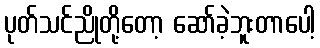
ပုတ်သင်ညိုတို့တော့ ဆော်ခဲ့ဘူးတာပေါ့